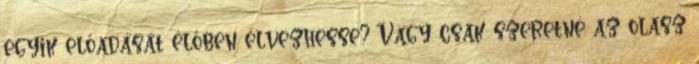
egyik előadását élőben élvezhesse? Vagy csak szeretné az olasz